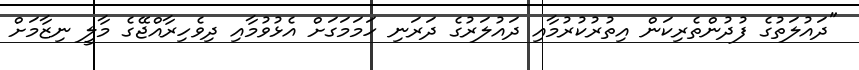
"ދައުލަތުގެ ފުދުންތެރިކަން އިތުރުކުރުމާއި ދައުލަރުގެ ދަރަނި ހަމަމަގަށް އެޅުވުމާއި ދިވެހިރާއްޖޭގެ މާލީ ނިޒާމަށް